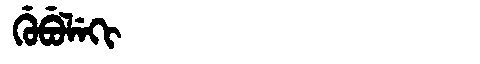
Manchu: ᡤᡠᠪᡠᠯᡝᡴᡳ
Romanization: GUBULEKI